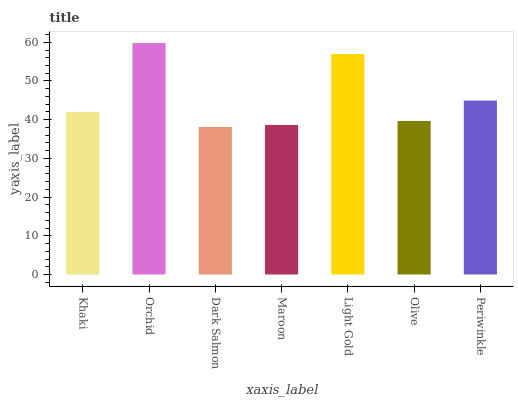
| xaxis_label | bars |
 | --- | --- |
 | Khaki | 42 |
 | Orchid | 59.8 |
 | Dark Salmon | 38.1 |
 | Maroon | 38.6 |
 | Light Gold | 56.9 |
 | Olive | 39.7 |
 | Periwinkle | 44.9 |